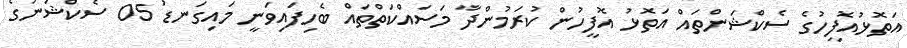
އަތޮޅުއޮފީހުގެ ސެކްޝަންތައް އަތޮޅު އޮފީހުން ކުރަމުންދާ މަސައްކަތްތައް ބެހިފައިވަނީ މައިގަނޑު 05 ސެކްޝަނުގެ